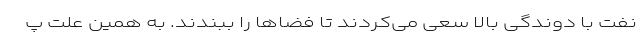
نفت با دوندگی بالا سعی می‌کردند تا فضاها را ببندند. به همین علت پ